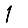
Digit: 1